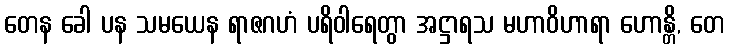
တေန ခေါ ပန သမယေန ရာဇဂဟံ ပရိဝါရေတွာ အဋ္ဌာရသ မဟာဝိဟာရာ ဟောန္တိ, တေ